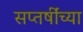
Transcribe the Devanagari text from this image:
सप्तर्षींच्या